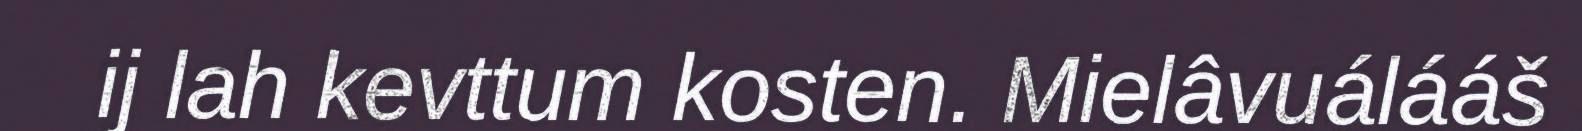
ij lah kevttum kosten. Mielâvuálááš